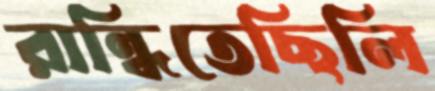
রান্ধিতেছিলি